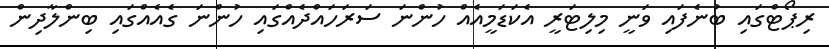
ރިޕޯޓްގައި ބުނެފައި ވަނީ މިލިޓަރީ އެކަޑަމީއެއް ހުންނަ ސަރަހައްދެއްގައި ހުންނަ ގެއެއްގައި ބިންލާދިން